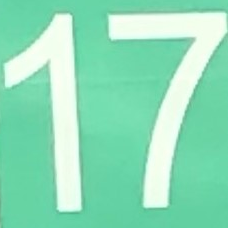
17